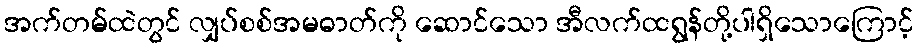
အက်တမ်ထဲတွင် လျှပ်စစ်အမဓာတ်ကို ဆောင်သော အီလက်ထရွန်တို့ပါရှိသောကြောင့်